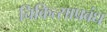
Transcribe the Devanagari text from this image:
चिकित्साप्रबंध